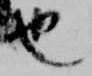
也